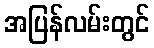
အပြန်လမ်းတွင်